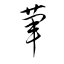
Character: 葷